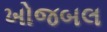
ખોજબલ